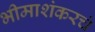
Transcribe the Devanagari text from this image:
भीमाशंकरचं